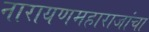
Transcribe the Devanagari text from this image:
नारायणमहाराजांचा